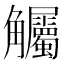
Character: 𲁠